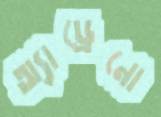
অ্যাড্রেনো